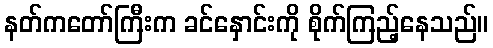
နတ်ကတော်ကြီးက ခင်နှောင်းကို စိုက်ကြည့်နေသည်။